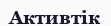
Активтік